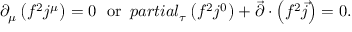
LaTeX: \partial _ { \mu } \left( f ^ { 2 } j ^ { \mu } \right) = 0 \ \ \mathrm { o r } \ \, p a r t i a l _ { \tau } \left( f ^ { 2 } j ^ { 0 } \right) + \vec { \partial } \cdot \left( f ^ { 2 } \vec { j } \right) = 0 .